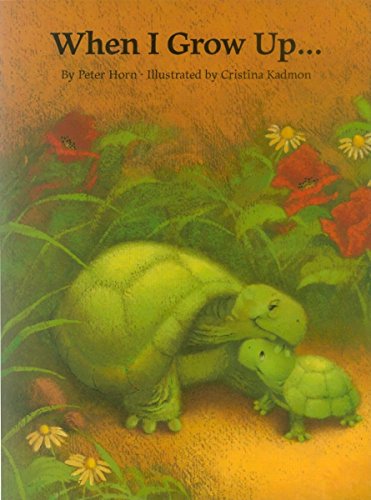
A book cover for When I Grow Up...; Peter Horn; Children's Books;